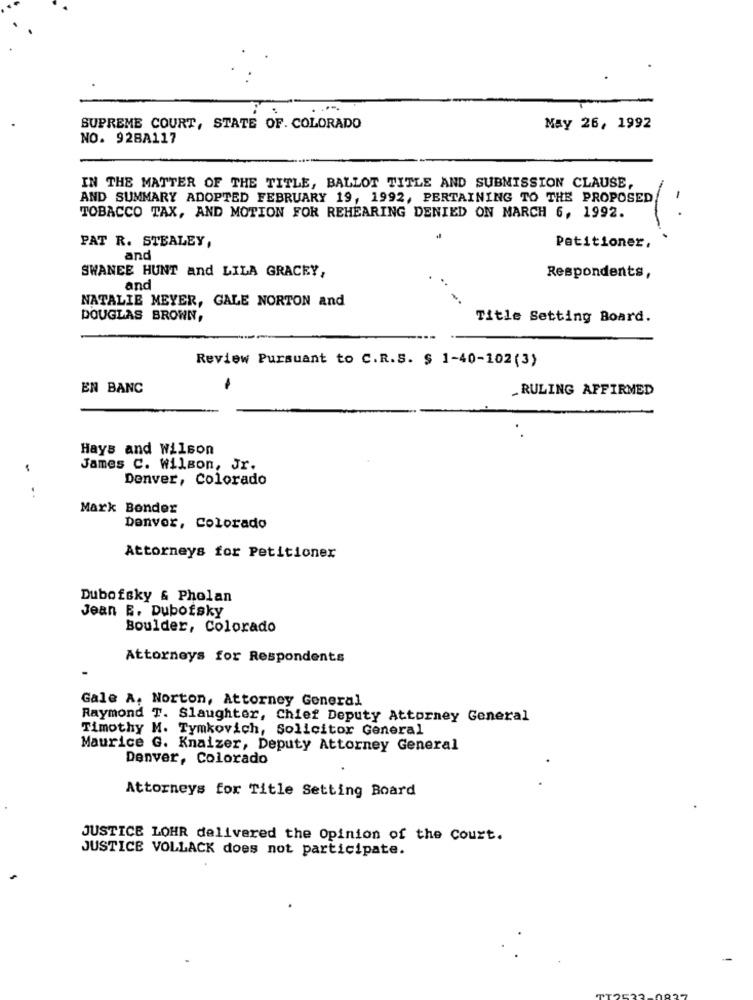
SUPREME COURT, STATE OF. COLORADO
May 26, 1992
NO. 92BA117
. -
IN THE MATTER OF THE TITLE, BALLOT TITLE AND SUBMISSION CLAUSE,
AND SUMMARY ADOPTED FEBRUARY 19, 1992, PERTAINING TO THE PROPOSED
TOBACCO TAX, AND MOTION FOR REHEARING DENIED ON MARCH 6, 1992.
PAT R. STEALEY,
Petitioner,
and
SWANEE HUNT and LILA GRACEY,
Respondents,
and
..
NATALIE MEYER, GALE NORTON and
DOUGLAS BROWN,
Title Setting Board.
Review Pursuant to C.R.S. $ 1-40-102 (3)
EN BANC
_RULING AFFIRMED
Hays and Wilson
James C. Wilson, Jr.
Denver, Colorado
Mark Bender
Denver, Colorado
Attorneys for Petitioner
Dubofsky & Pholan
Jean E. Dubofsky
Boulder, Colorado
Attorneys for Respondents
Gale A, Norton, Attorney General
Raymond T. Slaughter, Chief Deputy Attorney General
Timothy M. Tymkovich, Solicitor General
Maurice G. Knaizer, Deputy Attorney General
Denver, Colorado
.
Attorneys for Title Setting Board
JUSTICE LOHR delivered the Opinion of the Court.
JUSTICE VOLLACK does not participate.